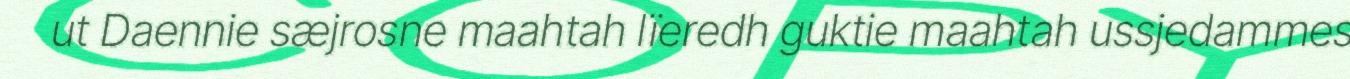
ut Daennie sæjrosne maahtah lïeredh guktie maahtah ussjedammes